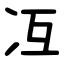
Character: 冱